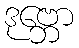
ဒုဗ္ဘော